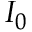
I _ { 0 }